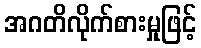
အဂတိလိုက်စားမှုဖြင့်